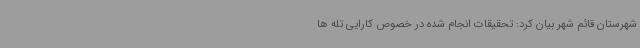
شهرستان قائم شهر بیان کرد: تحقیقات انجام شده در خصوص کارایی تله ها